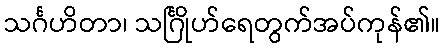
သင်္ဂဟိတာ၊ သင်္ဂြိုဟ်ရေတွက်အပ်ကုန်၏။